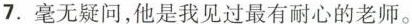
7.毫无疑问，他是我见过最有耐心的老师。